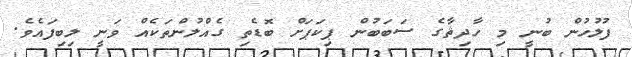
ފުލުހުން ބުނީ މި ހާދިޘާގެ ސަބަބުން ޕިކަޕަށް ބޮޑެތި ގެއްލުންތަކެއް ވަނީ ލިބިފައެވެ.